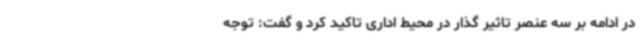
در ادامه بر سه عنصر تاثیر گذار در محیط اداری تاکید کرد و گفت: توجه